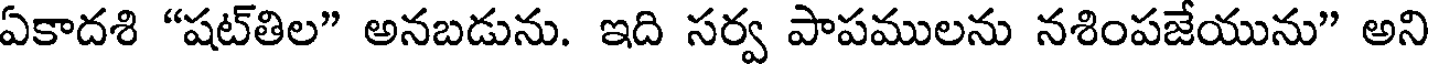
ఏకాదశి "షట్తిల" అనబడును. ఇది సర్వ పాపములను నశింపజేయును" అని